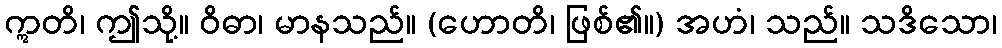
ဣတိ၊ ဤသို့။ ဝိဓာ၊ မာနသည်။ (ဟောတိ၊ ဖြစ်၏။) အဟံ၊ သည်။ သဒိသော၊